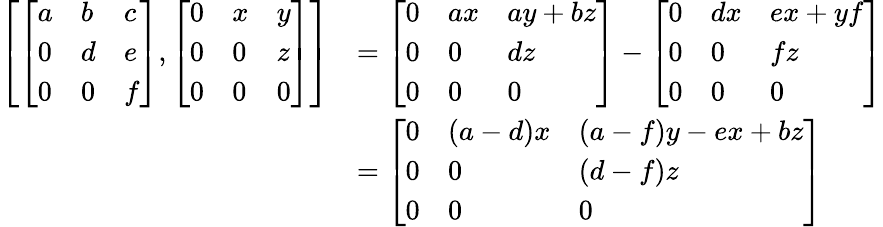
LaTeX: {\begin{array}{rl}{\left[{\left[\begin{array}{lll}{a}&{b}&{c}\\ {0}&{d}&{e}\\ {0}&{0}&{f}\end{array}\right]},{\left[\begin{array}{lll}{0}&{x}&{y}\\ {0}&{0}&{z}\\ {0}&{0}&{0}\end{array}\right]}\right]}&{={\left[\begin{array}{lll}{0}&{ax}&{ay+bz}\\ {0}&{0}&{dz}\\ {0}&{0}&{0}\end{array}\right]}-{\left[\begin{array}{lll}{0}&{dx}&{ex+yf}\\ {0}&{0}&{fz}\\ {0}&{0}&{0}\end{array}\right]}}\\ &{={\left[\begin{array}{lll}{0}&{(a-d)x}&{(a-f)y-ex+bz}\\ {0}&{0}&{(d-f)z}\\ {0}&{0}&{0}\end{array}\right]}}\end{array}}